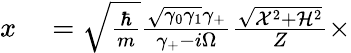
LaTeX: \begin{array}{rl}{x}&{{}=\sqrt{\frac{\hbar}{m}}\frac{\sqrt{\gamma_{0}\gamma_{1}}\gamma_{+}}{\gamma_{+}-i\Omega}\frac{\sqrt{\mathcal{X}^{2}+\mathcal{H}^{2}}}{Z}\times}\end{array}